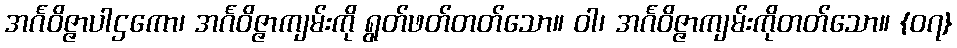
အင်္ဂဝိဇ္ဇာပါဌကော၊ အင်္ဂဝိဇ္ဇာကျမ်းကို ရွတ်ဖတ်တတ်သော။ ဝါ၊ အင်္ဂဝိဇ္ဇာကျမ်းကိုတတ်သော။ {၀၇}